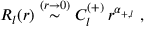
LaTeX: R _ { l } ( r ) \stackrel { ( r \rightarrow 0 ) } { \sim } C _ { l } ^ { ( + ) } \, r ^ { \alpha _ { + , l } } \; ,